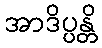
အာဒိပ္ပန္တိ